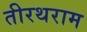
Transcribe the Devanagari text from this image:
तीरथराम